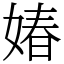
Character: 媋